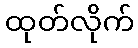
ထုတ်လိုက်